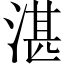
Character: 湛